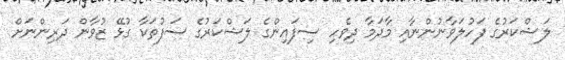
ލަޝްކަރުގެ ފަހުލަވާނުންނާއި މާދަމާ ދިވެހި ސިފައިންގެ ލަޝްކަރުގެ ސަފުތަކާ ގުޅޭ ޒުވާން ދަރިންނަށް